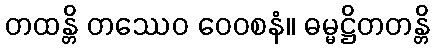
တထန္တိ တဿေဝ ဝေဝစနံ။ ဓမ္မဋ္ဌိတတန္တိ